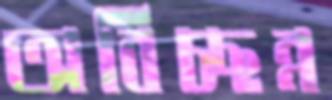
অবিচ্ছন্ন